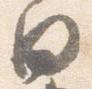
日